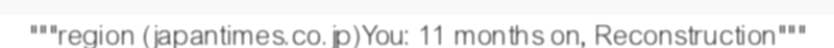
"""region (japantimes.co.jp)You: 11 months on, Reconstruction"""